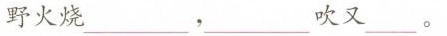
野火烧___，___吹又___。